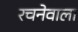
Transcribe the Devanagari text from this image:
रचनेवाला